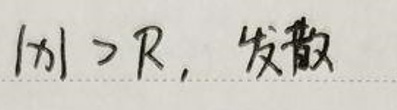
\(\vert x \vert > R\)，发散